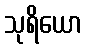
သုရိယော